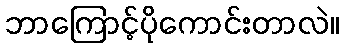
ဘာကြောင့်ပိုကောင်းတာလဲ။